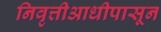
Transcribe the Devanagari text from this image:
निवृत्तीआधीपासून